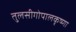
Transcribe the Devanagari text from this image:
तुलसीगोपालकृष्‍णा